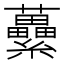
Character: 虆